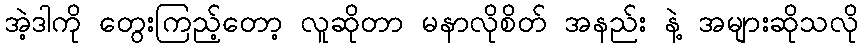
အဲ့ဒါကို တွေးကြည့်တော့ လူဆိုတာ မနာလိုစိတ် အနည်း နဲ့ အများဆိုသလို